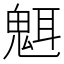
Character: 𬴿